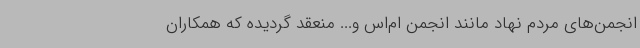
انجمن‌های مردم نهاد مانند انجمن ام‌اس و... منعقد گردیده که همکاران